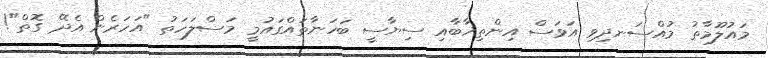
މައުލޫމާތު މުއްސަނދިވި އަވަސް އިންތިޚާބާއި ސިޔާސީ ބަހަނާތައްގައުމީ މަސްލަހަތު "އަހަރެން އެދޭ ގޮތް"!